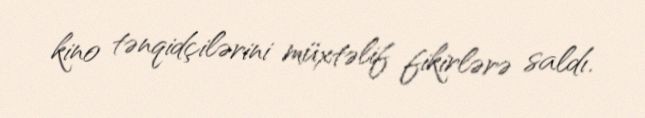
kino tənqidçilərini müxtəlif fikirlərə saldı.